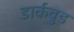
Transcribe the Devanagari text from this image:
डार्कवुड